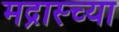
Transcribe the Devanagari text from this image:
मद्रास्च्या